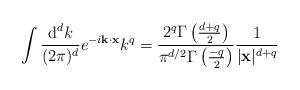
LaTeX: \begin{align*}\int \frac{\textup{d}^dk}{(2\pi)^d}e^{-i{\bf k}\cdot{\bf x}}k^q=\frac{2^q\Gamma\left(\frac{d+q}{2}\right)}{\pi^{d/2}\Gamma\left(\frac{-q}{2}\right)}\frac{1}{|{\bf x}|^{d+q}}\end{align*}